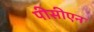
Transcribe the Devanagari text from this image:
पीसीएन